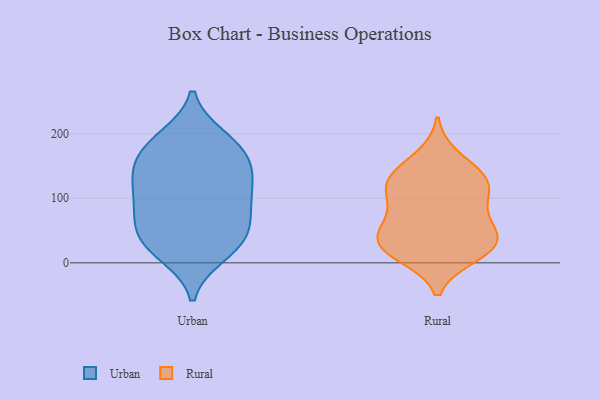
{"axis": {"x": "Net Income (USD K)", "y": "Value"}, "legend": ["Rural", "Urban"], "data": [{"x": "", "y": 113, "type": "Urban"}, {"x": "", "y": 155, "type": "Urban"}, {"x": "", "y": 12, "type": "Urban"}, {"x": "", "y": 162, "type": "Urban"}, {"x": "", "y": 195, "type": "Urban"}, {"x": "", "y": 46, "type": "Urban"}, {"x": "", "y": 185, "type": "Urban"}, {"x": "", "y": 30, "type": "Urban"}, {"x": "", "y": 158, "type": "Urban"}, {"x": "", "y": 131, "type": "Urban"}, {"x": "", "y": 103, "type": "Urban"}, {"x": "", "y": 14, "type": "Urban"}, {"x": "", "y": 76, "type": "Urban"}, {"x": "", "y": 144, "type": "Urban"}, {"x": "", "y": 49, "type": "Urban"}, {"x": "", "y": 193, "type": "Urban"}, {"x": "", "y": 88, "type": "Urban"}, {"x": "", "y": 38, "type": "Urban"}, {"x": "", "y": 70, "type": "Urban"}, {"x": "", "y": 114, "type": "Urban"}, {"x": "", "y": 33, "type": "Rural"}, {"x": "", "y": 33, "type": "Rural"}, {"x": "", "y": 129, "type": "Rural"}, {"x": "", "y": 53, "type": "Rural"}, {"x": "", "y": 12, "type": "Rural"}, {"x": "", "y": 114, "type": "Rural"}, {"x": "", "y": 115, "type": "Rural"}, {"x": "", "y": 14, "type": "Rural"}, {"x": "", "y": 76, "type": "Rural"}, {"x": "", "y": 29, "type": "Rural"}, {"x": "", "y": 125, "type": "Rural"}, {"x": "", "y": 137, "type": "Rural"}, {"x": "", "y": 82, "type": "Rural"}, {"x": "", "y": 163, "type": "Rural"}, {"x": "", "y": 38, "type": "Rural"}]}